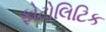
ફોટોલિટિક